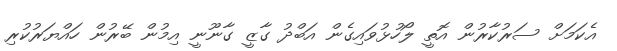
އެކަމަށް ސަރުކާރުން އޮތީ ލޯހުޅުވައިގެން އަބްދު ގާޒީ ގާނޫނީ އިމުން ބޭރުން ހައްޔަރުކުރި